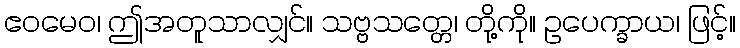
ဧဝမေဝ၊ ဤအတူသာလျှင်။ သဗ္ဗသတ္တေ၊ တို့ကို။ ဥပေက္ခာယ၊ ဖြင့်။